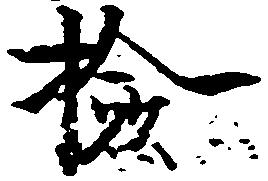
検